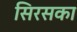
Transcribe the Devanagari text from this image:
सिरसका